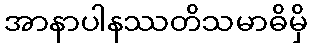
အာနာပါနဿတိသမာဓိမှိ